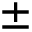
\pm